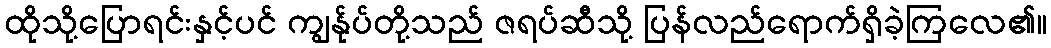
ထိုသို့ပြောရင်းနှင့်ပင် ကျွန်ုပ်တို့သည် ဇရပ်ဆီသို့ ပြန်လည်ရောက်ရှိခဲ့ကြလေ၏။